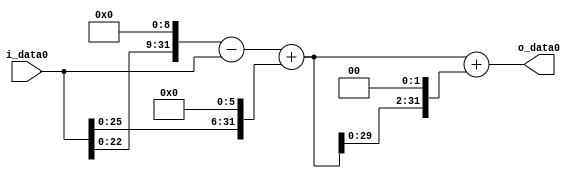
module multiplier_block (
    i_data0,
    o_data0
);

  // Port mode declarations:
  input   [31:0] i_data0;
  output  [31:0]
    o_data0;

  //Multipliers:

  wire [31:0]
    w1,
    w512,
    w511,
    w64,
    w575,
    w2300,
    w2875;

  assign w1 = i_data0;
  assign w2300 = w575 << 2;
  assign w2875 = w575 + w2300;
  assign w511 = w512 - w1;
  assign w512 = w1 << 9;
  assign w575 = w511 + w64;
  assign w64 = w1 << 6;

  assign o_data0 = w2875;

  //multiplier_block area estimate = 5259.03845465735;
endmodule